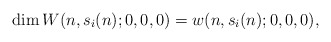
\begin{align*}\dim W(n,s_i(n);0,0,0) = w(n,s_i(n);0,0,0),\end{align*}